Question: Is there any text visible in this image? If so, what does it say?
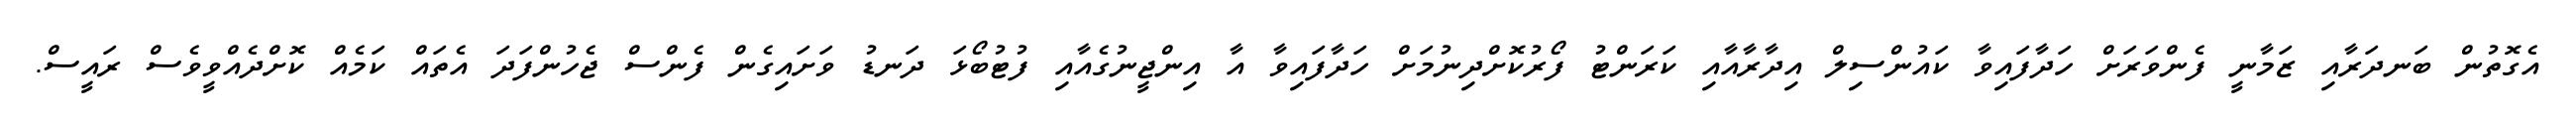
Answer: އެގޮތުން ބަނދަރާއި ޒަމާނީ ފެންވަރަށް ހަދާފައިވާ ކައުންސިލް އިދާރާއާއި ކަރަންޓު ފޯރުކޮށްދިނުމަށް ހަދާފައިވާ އާ އިންޖީނުގެއާއި ފުޓުބޯޅަ ދަނޑު ވަށައިގެން ފެންސް ޖެހުންފަދަ އެތައް ކަމެއް ކޮށްދެއްވީވެސް ރައީސް.